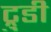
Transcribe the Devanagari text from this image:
ट्रुडी